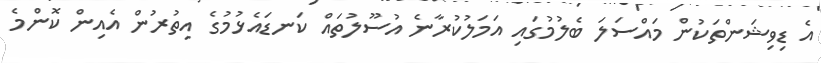
އެ ޑިވިޝަންތަކުން މައްސަލަ ބެލުމުގައި އަމަލުކުރާނެ އުސޫލުތައް ކަނޑައެޅުމުގެ އިތުރުން އެއިން ކޮންމެ